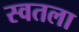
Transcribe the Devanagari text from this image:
स्वतला